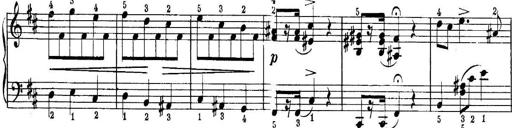
Title: Quatres sonatines
Composer: Tadeusz Joteyko